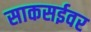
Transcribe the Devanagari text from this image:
साकसईवर